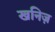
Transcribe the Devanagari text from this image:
खनिज़